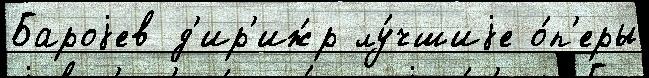
Бароjев д'ир'иж́р лу́чшиjе о́п'еры